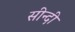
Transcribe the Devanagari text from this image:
सीन्दी